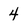
Character: 4